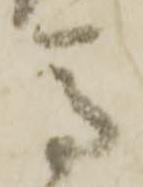
馬